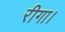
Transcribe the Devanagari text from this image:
रीगा।